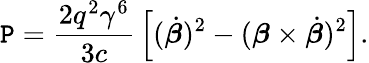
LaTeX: \mathtt{P}={\frac{{2q^{2}\gamma^{6}}}{{3c}}}\left[({\dot{{\boldsymbol{\beta}}}})^{2}-({\boldsymbol{\beta}}\times{\dot{{\boldsymbol{\beta}}}})^{2}\right].